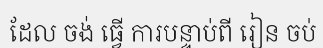
ដែល ចង់ ធ្វើ ការបន្ទាប់ពី រៀន ចប់